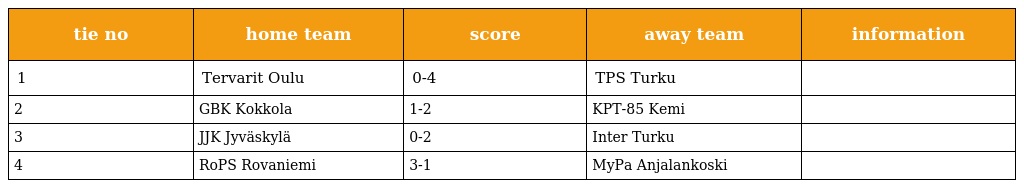
| tie no | home team | score | away team | information |
 | --- | --- | --- | --- | --- |
 | 1 | Tervarit Oulu | 0-4 | TPS Turku |  |
 | 2 | GBK Kokkola | 1-2 | KPT-85 Kemi |  |
 | 3 | JJK Jyväskylä | 0-2 | Inter Turku |  |
 | 4 | RoPS Rovaniemi | 3-1 | MyPa Anjalankoski |  |